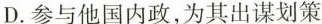
D.参与他国内政，为其出谋划策